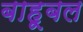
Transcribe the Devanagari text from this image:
बाहूबल